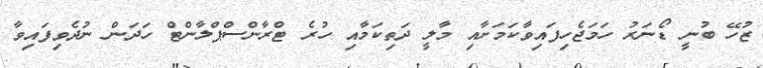
ޒުހޭ ބުނީ ޑޯނަރު ހަމަޖެހިފައިވާކަމަށާއި މާލީ ދަތިކަމާއި ހުރެ ޓްރާންސްޕްލާންޓް ހަދަން ނުދެވިފައިވާ